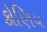
કોણિય